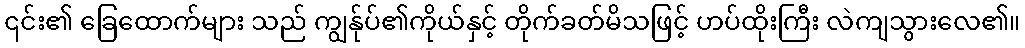
၎င်း၏ ခြေထောက်များ သည် ကျွန်ုပ်၏ကိုယ်နှင့် တိုက်ခတ်မိသဖြင့် ဟပ်ထိုးကြီး လဲကျသွားလေ၏။